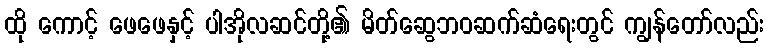
ထို ကောင့် ဖေဖေနှင့် ပါအိုလဆင်တို့၏ မိတ်ဆွေဘဝဆက်ဆံရေးတွင် ကျွန်တော်လည်း